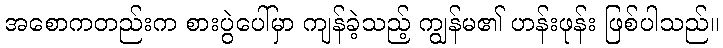
အစောကတည်းက စားပွဲပေါ်မှာ ကျန်ခဲ့သည့် ကျွန်မ၏ ဟန်းဖုန်း ဖြစ်ပါသည်။